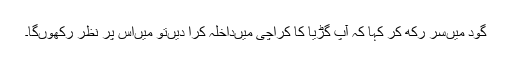
گود میں‌سر رکھ کر کہا کہ آپ گڑیا کا کراچی میں‌داخلہ کرا دیں‌تو میں‌اس پر نظر رکھوں‌گا۔